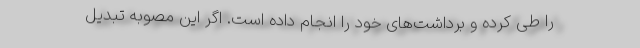
را طی کرده و برداشت‌های خود را انجام داده است. اگر این مصوبه تبدیل